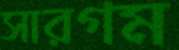
সারগম